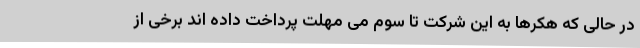
در حالی که هکرها به این شرکت تا سوم می مهلت پرداخت داده اند برخی از